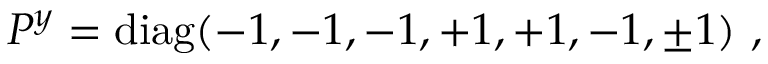
P ^ { y } = \mathrm { d i a g } ( - 1 , - 1 , - 1 , + 1 , + 1 , - 1 , \pm 1 ) ~ , ~ \,